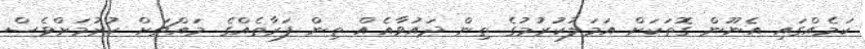
ކަމެއްގައި އެނޫން ގޮތަކަށް އަމަލުކުރުމުގެ ތިން ދައުވާއެއް ތިން ފަރާތެއްގެ މައްޗަށް ކުރުމަށްވެސް